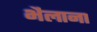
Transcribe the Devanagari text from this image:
भैलाना